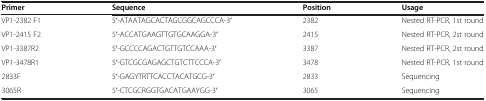
| Primer | Sequence | Position | Usage |
 | --- | --- | --- | --- |
 | VP1-2382 F1 | 5′-ATAATAGCACTAGCGGCAGCCCA-3′ | 2382 | Nested RT-PCR, 1st round |
 | VP1-2415 F2 | 5′-ACCATGAAGTTGTGCAAGGA-3′ | 2415 | Nested RT-PCR, 2st round |
 | VP1-3387R2 | 5′-GCCCCAGACTGTTGTCCAAA-3′ | 3387 | Nested RT-PCR, 2st round |
 | VP1-3478R1 | 5′-GTCGCGAGAGCTGTCTTCCCA-3′ | 3478 | Nested RT-PCR, 1st round |
 | 2833F | 5′-GAGYTRTTCACCTACATGCG-3′ | 2833 | Sequencing |
 | 3065R | 5′-CTCGCRGGTGACATGAAYGG-3′ | 3065 | Sequencing |